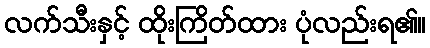
လက်သီးနှင့် ထိုးကြိတ်ထား ပုံလည်းရ၏။